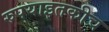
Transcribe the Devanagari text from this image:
रुपयाइतकीच